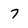
Character: 7